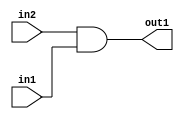
`timescale 1ps / 1ps
/*****************************************************************************
    Verilog RTL Description
    
    
    Created by: Stratus DpOpt 2019.1.01 
*******************************************************************************/

module st_weight_addr_gen_And_1Ux1U_1U_4_7 (
	in2,
	in1,
	out1
	); /* architecture "behavioural" */ 
input  in2,
	in1;
output  out1;
wire  asc001;

assign asc001 = 
	(in2)
	&(in1);

assign out1 = asc001;
endmodule

/* CADENCE  urf5Qgs= : u9/ySgnWtBlWxVPRXgAZ4Og= ** DO NOT EDIT THIS LINE ******/